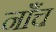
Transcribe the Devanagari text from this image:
नाँच